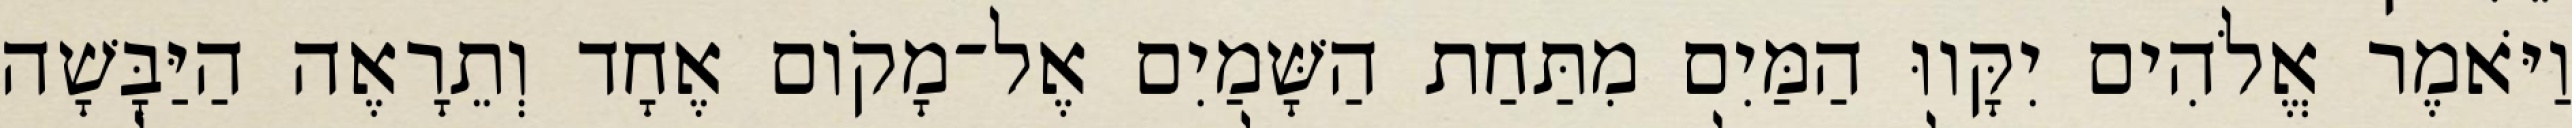
וַיֹּאמֶר אֱלֹהִים יִקָּווּ הַמַּיִם מִתַּחַת הַשָּׁמַיִם אֶל־מָקֹום אֶחָד וְתֵרָאֶה הַיַּבָּשָׁה